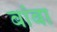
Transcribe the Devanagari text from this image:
बांबा